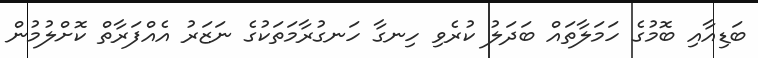
ބަޑިއާއި ބޮމުގެ ހަމަލާތައް ބަދަލު ކުރެވި ހިނގާ ހަނގުރާމަތަކުގެ ނަޒަރު އެއްފަރާތް ކޮށްލުމުން